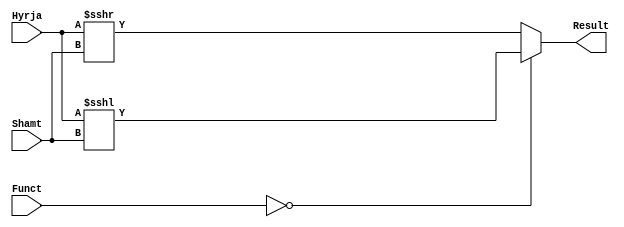
`timescale 1ns / 1ps

`timescale 1ns / 1ps

module Shifting(
  input signed[15:0] Hyrja,
  input[3:0] Shamt,
  input[1:0] Funct,
  output signed[15:0] Result
);
  
  
  wire signed[15:0] sll,sra;
  
  assign sll = Hyrja <<< Shamt; 
  assign sra = Hyrja >>> Shamt;

  
  assign Result = (Funct == 2'b00) ? sll : sra;
  
  
endmodule

//Testing


module Shifting_Test();
  reg[15:0] Hyrja;
  reg[3:0] Shamt;
  reg[1:0] Funct;
  wire[15:0] Result;
 
  
  initial
    $monitor("Hyrja=%b, Shamt=%b, Funct=%b, Result=%b", Hyrja, Shamt, Funct, Result);
  
  initial
    begin
      #0 Hyrja=16'd1; Shamt=4'b0010; Funct=2'b00; 
      #5 Hyrja=16'b0000010000000000; Shamt=4'b0110; Funct=2'b01; 
     
    end
  
  
  Shifting SH(Hyrja, Shamt, Funct, Result);
  
endmodule